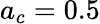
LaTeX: a_{c}=0.5